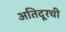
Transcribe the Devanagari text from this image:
अतिदूरची